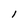
Character: l